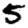
Digit: 5